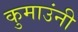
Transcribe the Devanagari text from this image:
कुमाउंनी